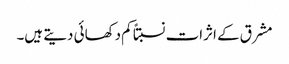
مشرق کے اثرات نسبتاً کم دکھائی دیتے ہیں۔